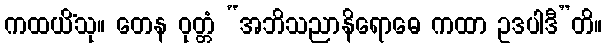
ကထယိံသု။ တေန ဝုတ္တံ “အဘိသညာနိရောဓေ ကထာ ဥဒပါဒီ”တိ။